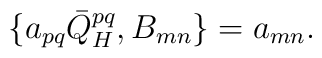
\{a_{pq}\bar{Q}_{H}^{pq},B_{mn}\} = a_{mn}.